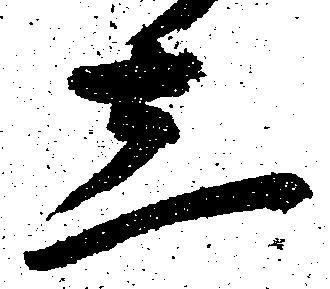
し